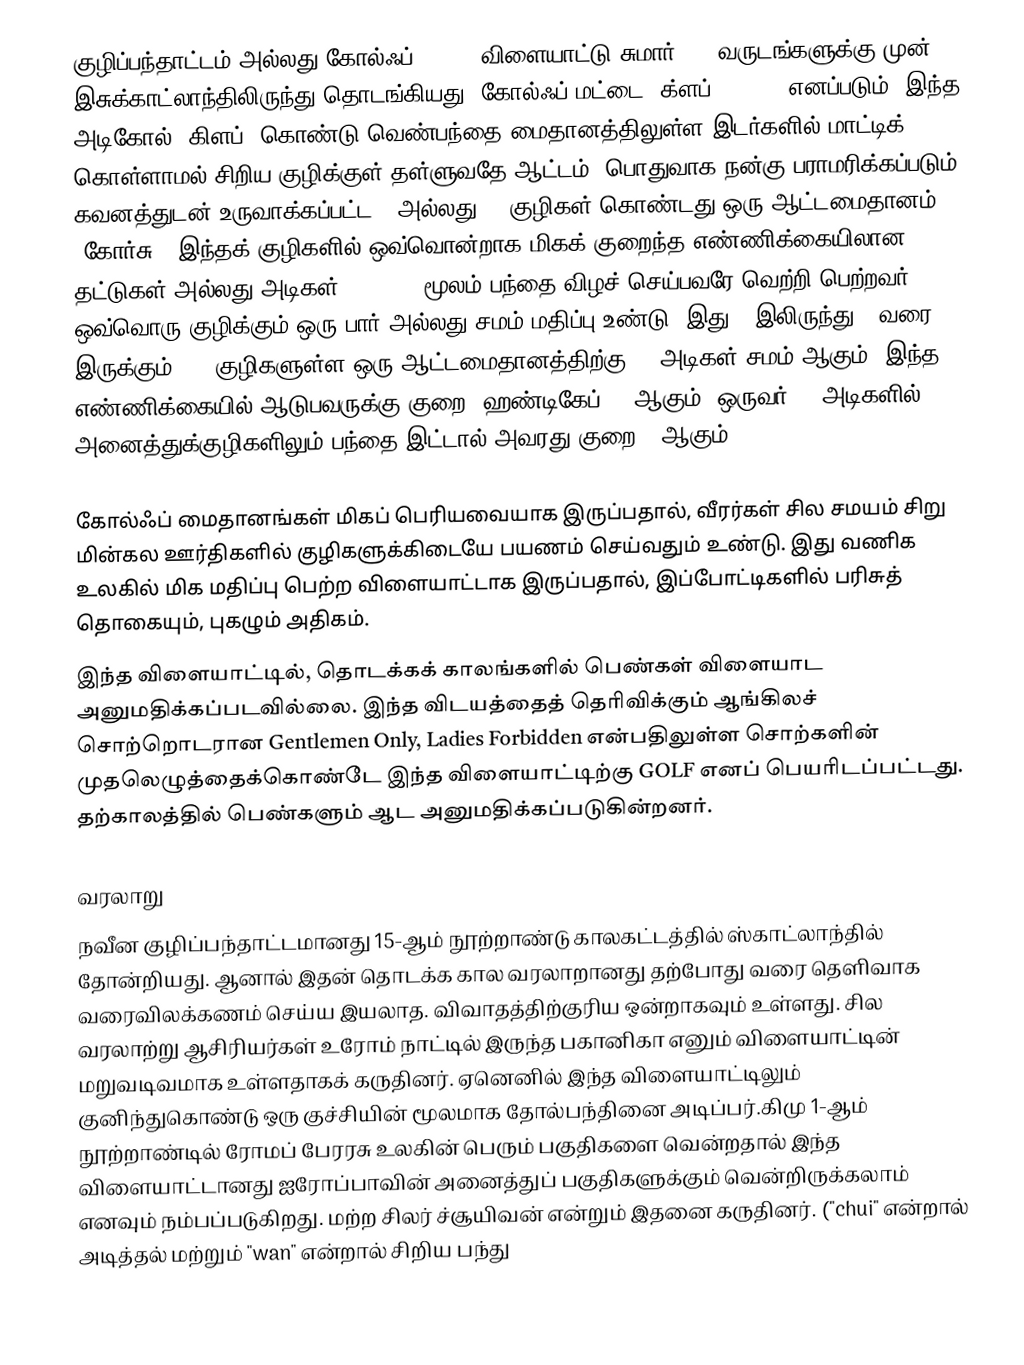
குழிப்பந்தாட்டம் அல்லது கோல்ஃப் (Golf) விளையாட்டு சுமார் 500 வருடங்களுக்கு முன் இசுக்காட்லாந்திலிருந்து தொடங்கியது. கோல்ஃப் மட்டை 'க்ளப்' (Club) எனப்படும், இந்த அடிகோல் (கிளப்) கொண்டு வெண்பந்தை மைதானத்திலுள்ள இடர்களில் மாட்டிக் கொள்ளாமல் சிறிய குழிக்குள் தள்ளுவதே ஆட்டம். பொதுவாக நன்கு பராமரிக்கப்படும், கவனத்துடன் உருவாக்கப்பட்ட 9 அல்லது 18 குழிகள் கொண்டது ஒரு ஆட்டமைதானம் (கோர்சு). இந்தக் குழிகளில் ஒவ்வொன்றாக மிகக் குறைந்த எண்ணிக்கையிலான தட்டுகள் அல்லது அடிகள் (Stroke) மூலம் பந்தை விழச் செய்பவரே வெற்றி பெற்றவர். ஒவ்வொரு குழிக்கும் ஒரு பார் அல்லது சமம் மதிப்பு உண்டு. இது 3 இலிருந்து 5 வரை இருக்கும். 18 குழிகளுள்ள ஒரு ஆட்டமைதானத்திற்கு 72 அடிகள் சமம் ஆகும். இந்த எண்ணிக்கையில் ஆடுபவருக்கு குறை (ஹண்டிகேப்) 0 ஆகும். ஒருவர் 75 அடிகளில் அனைத்துக்குழிகளிலும் பந்தை இட்டால் அவரது குறை 3 ஆகும்.

கோல்ஃப் மைதானங்கள் மிகப் பெரியவையாக இருப்பதால், வீரர்கள் சில சமயம் சிறு மின்கல ஊர்திகளில் குழிகளுக்கிடையே பயணம் செய்வதும் உண்டு. இது வணிக உலகில் மிக மதிப்பு பெற்ற விளையாட்டாக இருப்பதால், இப்போட்டிகளில் பரிசுத் தொகையும், புகழும் அதிகம்.
இந்த விளையாட்டில், தொடக்கக் காலங்களில் பெண்கள் விளையாட அனுமதிக்கப்படவில்லை. இந்த விடயத்தைத் தெரிவிக்கும் ஆங்கிலச் சொற்றொடரான Gentlemen Only, Ladies Forbidden என்பதிலுள்ள சொற்களின் முதலெழுத்தைக்கொண்டே இந்த விளையாட்டிற்கு GOLF எனப் பெயரிடப்பட்டது. தற்காலத்தில் பெண்களும் ஆட அனுமதிக்கப்படுகின்றனர்.

வரலாறு
நவீன குழிப்பந்தாட்டமானது 15-ஆம் நூற்றாண்டு காலகட்டத்தில் ஸ்காட்லாந்தில் தோன்றியது. ஆனால் இதன் தொடக்க கால வரலாறானது தற்போது வரை தெளிவாக வரைவிலக்கணம் செய்ய இயலாத. விவாதத்திற்குரிய ஒன்றாகவும் உள்ளது. சில வரலாற்று ஆசிரியர்கள் உரோம் நாட்டில் இருந்த பகானிகா எனும் விளையாட்டின் மறுவடிவமாக உள்ளதாகக் கருதினர்.  ஏனெனில் இந்த விளையாட்டிலும் குனிந்துகொண்டு ஒரு குச்சியின் மூலமாக தோல்பந்தினை அடிப்பர்.கிமு 1-ஆம் நூற்றாண்டில் ரோமப் பேரரசு உலகின் பெரும் பகுதிகளை வென்றதால் இந்த விளையாட்டானது ஐரோப்பாவின்  அனைத்துப் பகுதிகளுக்கும் வென்றிருக்கலாம் எனவும் நம்பப்படுகிறது.   மற்ற சிலர்  ச்சூயிவன் என்றும் இதனை கருதினர்.  ("chui" என்றால் அடித்தல்  மற்றும்  "wan"  என்றால் சிறிய பந்து